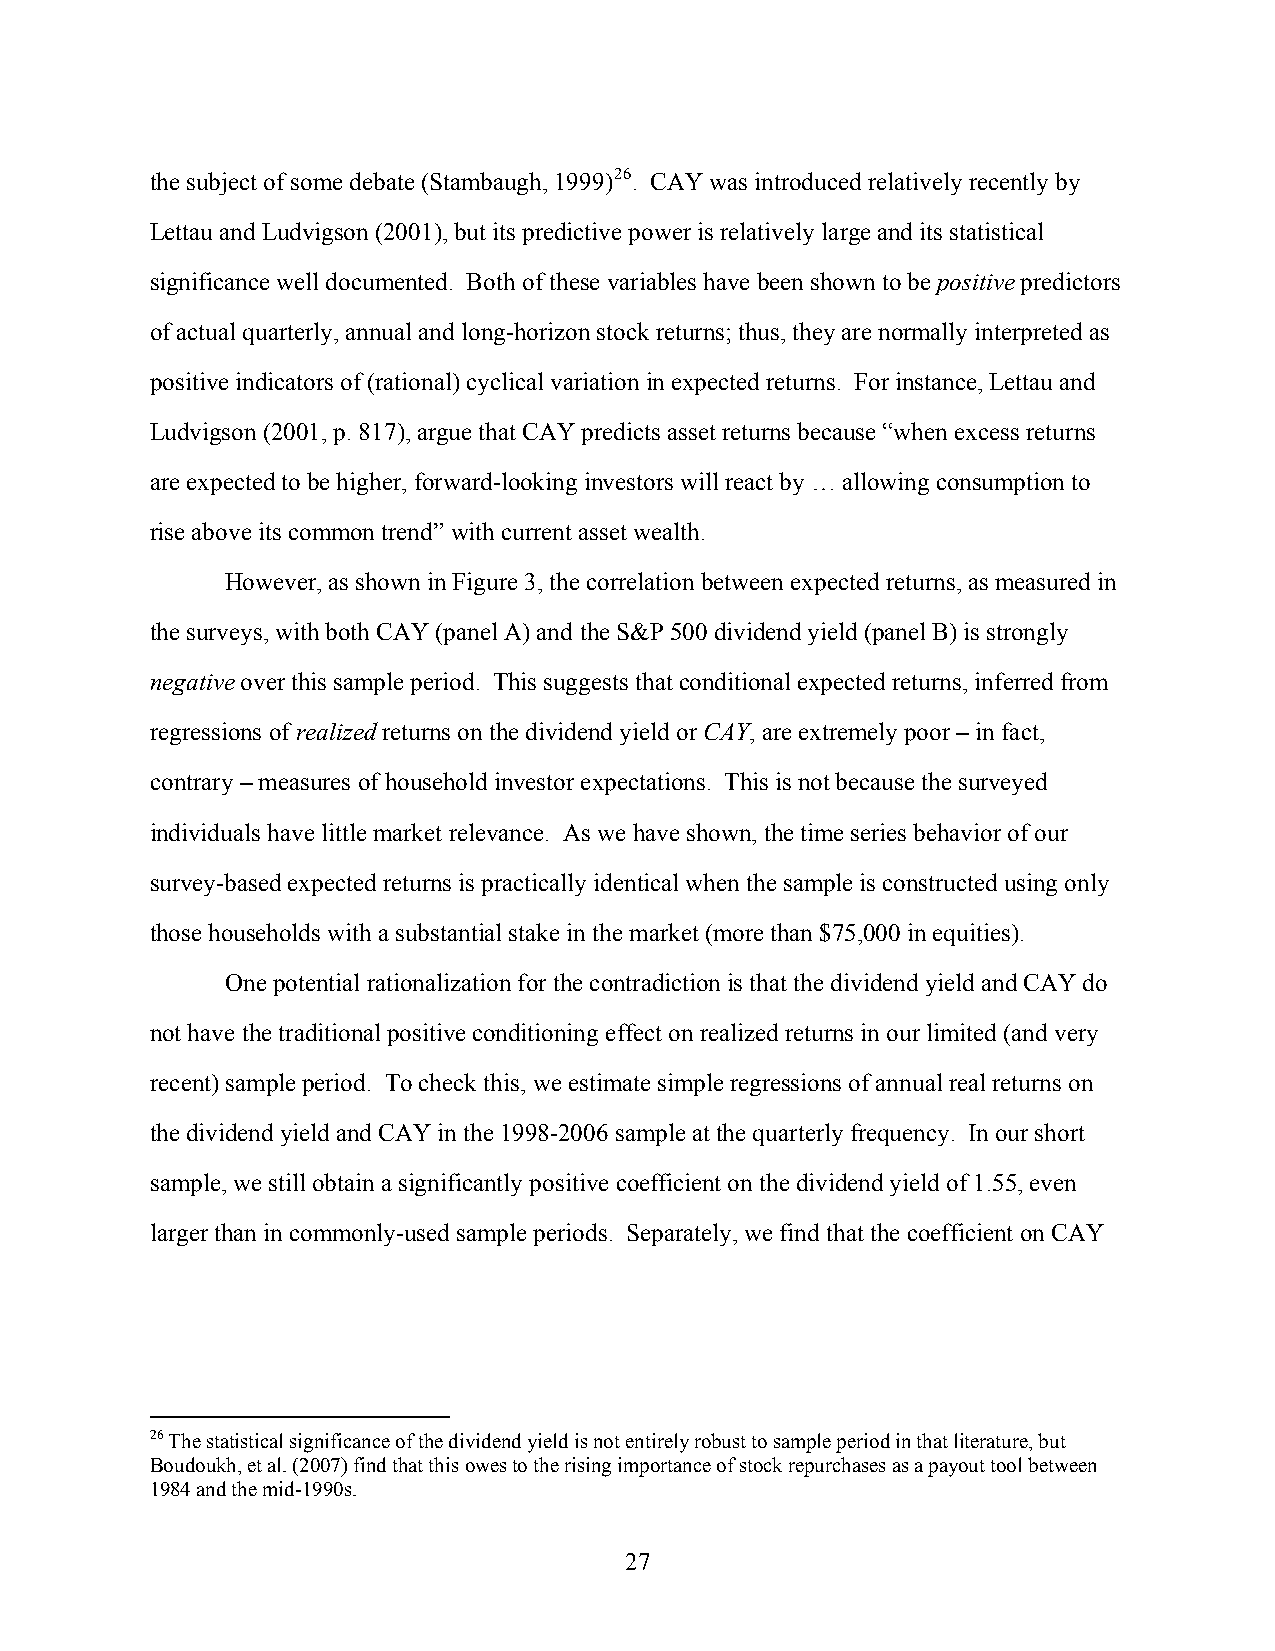
the subject of some debate (Stambaugh, 1999)26. CAY was introduced relatively recently by
 Lettau and Ludvigson (2001), but its predictive power is relatively large and its statistical
 significance well documented. Both of these variables have been shown to be positive predictors
 of actual quarterly, annual and long-horizon stock returns; thus, they are normally interpreted as
 positive indicators of (rational) cyclical variation in expected returns. For instance, Lettau and
 Ludvigson (2001, p. 817), argue that CAY predicts asset returns because “when excess returns
 are expected to be higher, forward-looking investors will react by … allowing consumption to
 rise above its common trend” with current asset wealth.
 However, as shown in Figure 3, the correlation between expected returns, as measured in
 the surveys, with both CAY (panel A) and the S&P 500 dividend yield (panel B) is strongly
 negative over this sample period. This suggests that conditional expected returns, inferred from
 regressions of realized returns on the dividend yield or CAY, are extremely poor – in fact,
 contrary – measures of household investor expectations. This is not because the surveyed
 individuals have little market relevance. As we have shown, the time series behavior of our
 survey-based expected returns is practically identical when the sample is constructed using only
 those households with a substantial stake in the market (more than $75,000 in equities).
 One potential rationalization for the contradiction is that the dividend yield and CAY do
 not have the traditional positive conditioning effect on realized returns in our limited (and very
 recent) sample period. To check this, we estimate simple regressions of annual real returns on
 the dividend yield and CAY in the 1998-2006 sample at the quarterly frequency. In our short
 sample, we still obtain a significantly positive coefficient on the dividend yield of 1.55, even
 larger than in commonly-used sample periods. Separately, we find that the coefficient on CAY
 26 The statistical significance of the dividend yield is not entirely robust to sample period in that literature, but
 Boudoukh, et al. (2007) find that this owes to the rising importance of stock repurchases as a payout tool between
 1984 and the mid-1990s.
 27